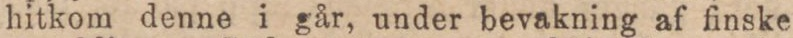
hitkom denne i går, under bevakning af finske